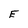
Character: E